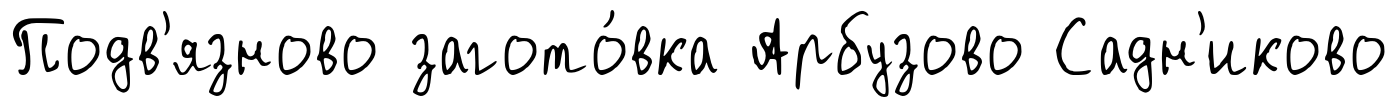
Подв'язново загото́вка Арбузово Садн'иково